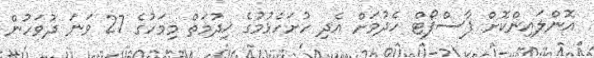
އޮންލައިންކޮށް ޕާސްޕޯޓް ހެދުމަށް އެދި ހުށަހެޅުމުގެ ޚިދުމަތް މިމަހުގެ 27 ވަނަ ދުވަހުން